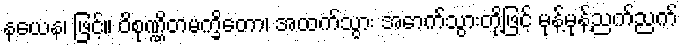
နယေန၊ ဖြင့်။ ဝိစုဏ္ဏိတမက္ခိတော၊ အထက်သွား အောက်သွားတို့ဖြင့် မုန့်မုန့်ညက်ညက်